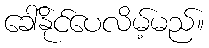
ခေါ်နိုင်ပေလိမ့်မည်။